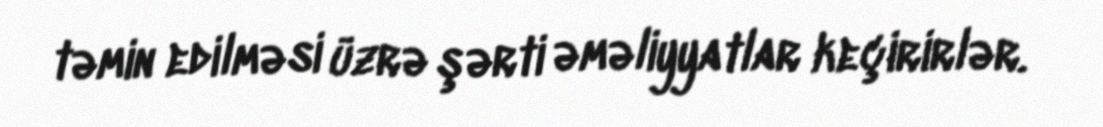
təmin edilməsi üzrə şərti əməliyyatlar keçirirlər.